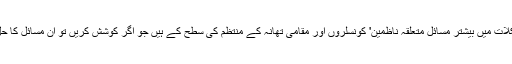
ان مسائل و مشکلات میں بیشتر مسائل متعلقہ ناظمین' کونسلروں اور مقامی تھانہ کے منتظم کی سطح کے ہیں جو اگر کوشش کریں تو ان مسائل کا حل نا ممکن نہیں۔